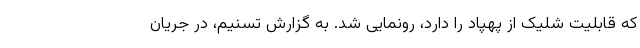
که قابلیت شلیک از پهپاد را دارد، رونمایی شد. به گزارش تسنیم، در جریان